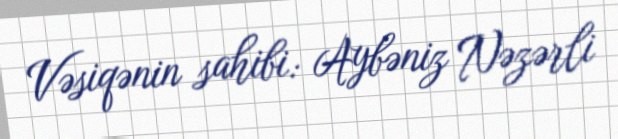
Vəsiqənin sahibi: Aybəniz Nəzərli